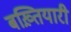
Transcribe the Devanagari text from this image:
बख़्तियारी